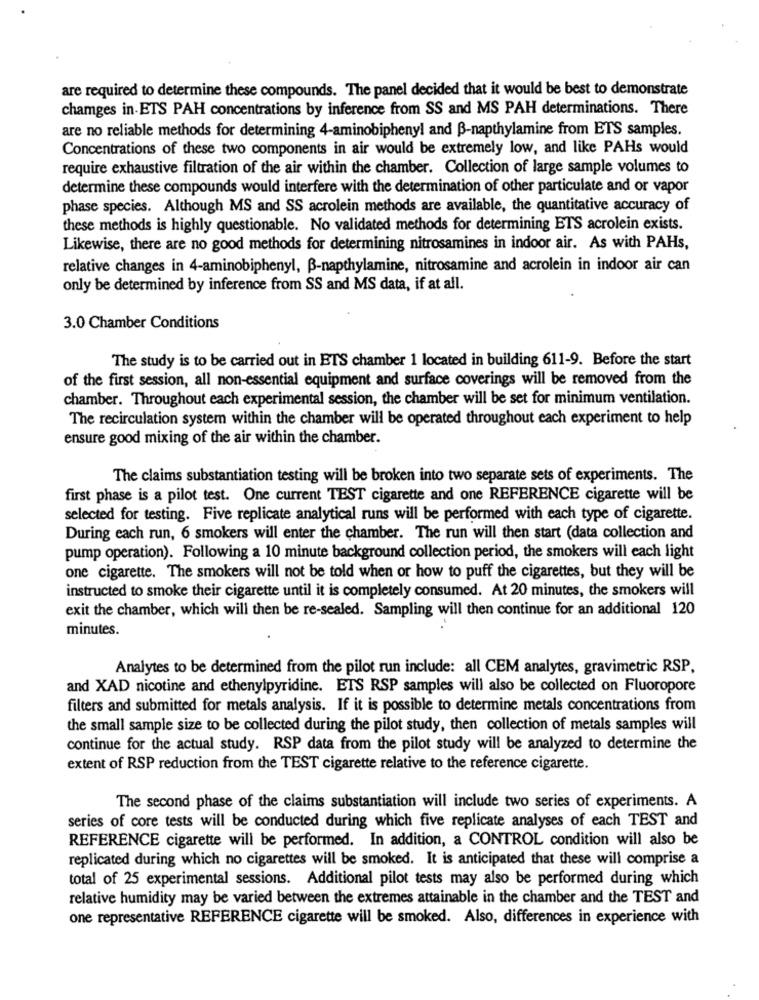
are required to determine these compounds. The panel decided that it would be best to demonstrate
chamges in-ETS PAH concentrations by inference from SS and MS PAH determinations. There
are no reliable methods for determining 4-aminobiphenyl and B-napthylamine from ETS samples.
Concentrations of these two components in air would be extremely low, and like PAHs would
require exhaustive filtration of the air within the chamber. Collection of large sample volumes to
determine these compounds would interfere with the determination of other particulate and or vapor
phase species. Although MS and SS acrolein methods are available, the quantitative accuracy of
these methods is highly questionable. No validated methods for determining ETS acrolein exists.
Likewise, there are no good methods for determining nitrosamines in indoor air. As with PAHs,
relative changes in 4-aminobiphenyl, B-napthylamine, nitrosamine and acrolein in indoor air can
only be determined by inference from SS and MS data, if at all.
3.0 Chamber Conditions
The study is to be carried out in ETS chamber 1 located in building 611-9. Before the start
of the first session, all non-essential equipment and surface coverings will be removed from the
chamber. Throughout each experimental session, the chamber will be set for minimum ventilation.
The recirculation system within the chamber will be operated throughout each experiment to help
ensure good mixing of the air within the chamber.
The claims substantiation testing will be broken into two separate sets of experiments. The
first phase is a pilot test. One current TEST cigarette and one REFERENCE cigarette will be
selected for testing. Five replicate analytical runs will be performed with each type of cigarette.
During each run, 6 smokers will enter the chamber. The run will then start (data collection and
pump operation). Following a 10 minute background collection period, the smokers will each light
one cigarette. The smokers will not be told when or how to puff the cigarettes, but they will be
instructed to smoke their cigarette until it is completely consumed. At 20 minutes, the smokers will
exit the chamber, which will then be re-sealed. Sampling will then continue for an additional 120
minutes.
Analytes to be determined from the pilot run include: all CEM analytes, gravimetric RSP,
and XAD nicotine and ethenylpyridine. ETS RSP samples will also be collected on Fluoropore
filters and submitted for metals analysis. If it is possible to determine metals concentrations from
the small sample size to be collected during the pilot study, then collection of metals samples will
continue for the actual study. RSP data from the pilot study will be analyzed to determine the
extent of RSP reduction from the TEST cigarette relative to the reference cigarette.
The second phase of the claims substantiation will include two series of experiments. A
series of core tests will be conducted during which five replicate analyses of each TEST and
REFERENCE cigarette will be performed. In addition, a CONTROL condition will also be
replicated during which no cigarettes will be smoked. It is anticipated that these will comprise a
total of 25 experimental sessions. Additional pilot tests may also be performed during which
relative humidity may be varied between the extremes attainable in the chamber and the TEST and
one representative REFERENCE cigarette will be smoked. Also, differences in experience with